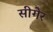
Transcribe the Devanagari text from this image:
सीगेर